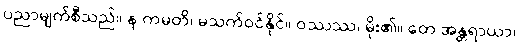
ပညာမျက်စီသည်။ န ကမတိ၊ မသက်ဝင်နိုင်။ ဝဿဿ၊ မိုး၏။ တေ အန္တရာယာ၊